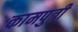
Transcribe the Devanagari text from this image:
कामपुत्री